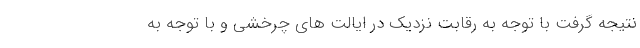
نتیجه گرفت با توجه به رقابت نزدیک در ایالت های چرخشی و با توجه به